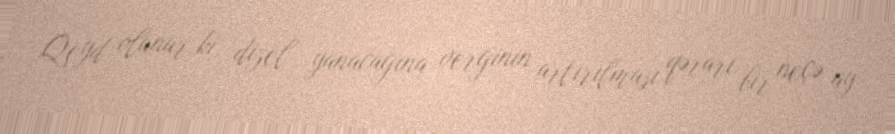
Qeyd olunur ki, dizel yanacağına verginin artırılması qərarı bir neçə ay